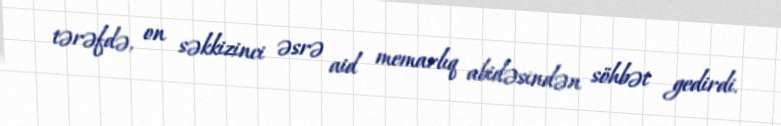
tərəfdə, on səkkizinci əsrə aid memarlıq abidəsindən söhbət gedirdi.